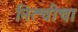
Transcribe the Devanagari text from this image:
नित्चीचा